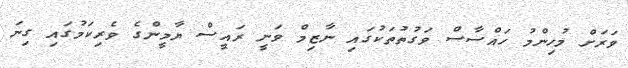
ވަރަށް މުހިންމު ހައްސާސް ވަގުތުތަކުގައި ނާޒިމް ވަނީ ރައީސް ޔާމީންގެ ވެރިކަމުގައި ގިނަ